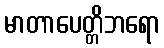
မာတာပေတ္တိဘရော